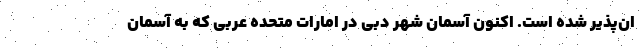
ان‌پذیر شده است. اکنون آسمان شهر دبی در امارات متحده عربی که به آسمان